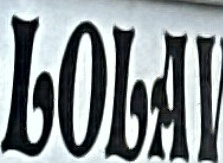
LOLAV